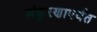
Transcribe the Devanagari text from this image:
अंकुरणापर्यंत